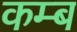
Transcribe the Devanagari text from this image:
कम्ब